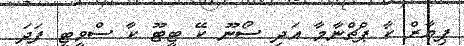
ޕިޔާރް ކާ ޕްޗްނާމާ އަދި ސޯނޫ ކޭ ޓީޓޫ ކާ ސްވީޓީ ފަދަ